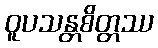
ဝူပသန္တစိတ္တဿ